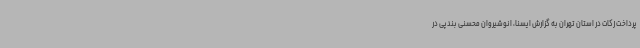
پرداخت زکات در استان تهران به گزارش ایسنا، انوشیروان محسنی بندپی در